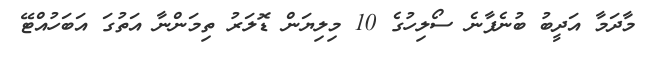
މާދަމާ އަދީބު ބުނެފާނެ ސޯލިހުގެ 10 މިލިޔަން ޑޮލަރު ތިމަންނާ އަތުގަ އަބަހުއްޓޭ